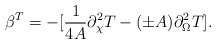
\begin{align*}\beta^{T}=-[{1 \over 4A} \partial_{\chi}^{2} T - (\pm A)\partial_{\Omega}^{2}T] .\end{align*}